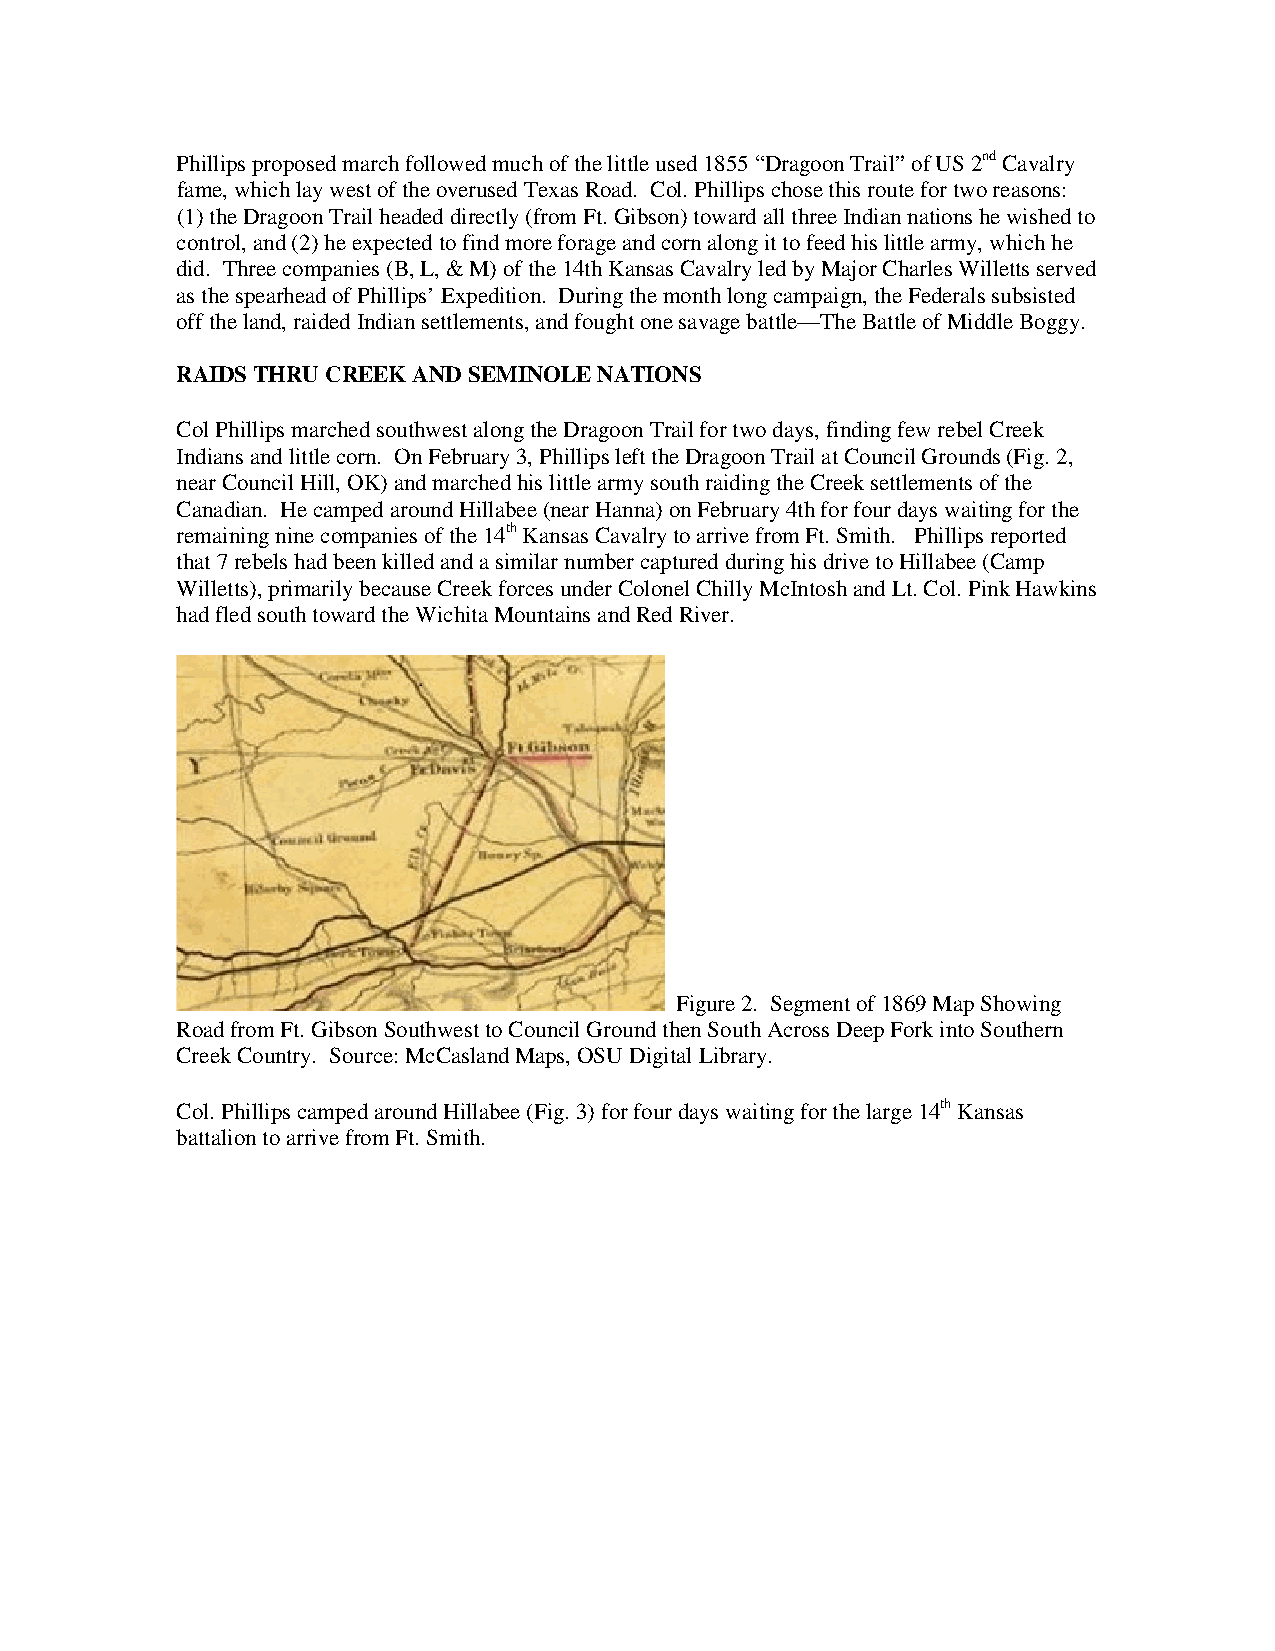
Phillips proposed march followed much of the little used 1855 “Dragoon Trail” of US 2nd Cavalry
 fame, which lay west of the overused Texas Road. Col. Phillips chose this route for two reasons:
 (1) the Dragoon Trail headed directly (from Ft. Gibson) toward all three Indian nations he wished to
 control, and (2) he expected to find more forage and corn along it to feed his little army, which he
 did. Three companies (B, L, & M) of the 14th Kansas Cavalry led by Major Charles Willetts served
 as the spearhead of Phillips’ Expedition. During the month long campaign, the Federals subsisted
 off the land, raided Indian settlements, and fought one savage battle—The Battle of Middle Boggy.
 RAIDS THRU CREEK AND SEMINOLE NATIONS
 Col Phillips marched southwest along the Dragoon Trail for two days, finding few rebel Creek
 Indians and little corn. On February 3, Phillips left the Dragoon Trail at Council Grounds (Fig. 2,
 near Council Hill, OK) and marched his little army south raiding the Creek settlements of the
 Canadian. He camped around Hillabee (near Hanna) on February 4th for four days waiting for the
 remaining nine companies of the 14th Kansas Cavalry to arrive from Ft. Smith. Phillips reported
 that 7 rebels had been killed and a similar number captured during his drive to Hillabee (Camp
 Willetts), primarily because Creek forces under Colonel Chilly McIntosh and Lt. Col. Pink Hawkins
 had fled south toward the Wichita Mountains and Red River.
 Figure 2. Segment of 1869 Map Showing
 Road from Ft. Gibson Southwest to Council Ground then South Across Deep Fork into Southern
 Creek Country. Source: McCasland Maps, OSU Digital Library.
 Col. Phillips camped around Hillabee (Fig. 3) for four days waiting for the large 14th Kansas
 battalion to arrive from Ft. Smith.